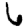
Digit: 6